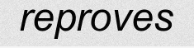
reproves